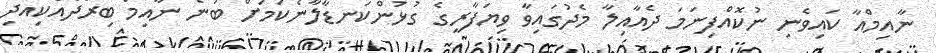
ނާއިމްއާ ކައިވެނި ނުކޮއްފިނަމަ ދެއާއިލާ މެދުގައިވާ ވިޔަފާރީގެ ގުޅުންކަނޑާލާނެކަމަށް ބުނެ ނާއިމް ބިރުދެއްކިއަދި